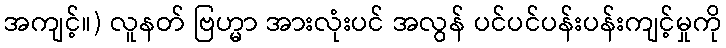
အကျင့်။) လူနတ် ဗြဟ္မာ အားလုံးပင် အလွန် ပင်ပင်ပန်းပန်းကျင့်မှုကို